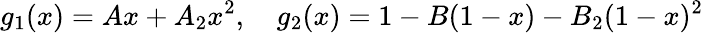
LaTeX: g_{1}(x)=Ax+A_{2}x^{2},\quad g_{2}(x)=1-B(1-x)-B_{2}(1-x)^{2}